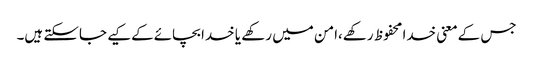
جس کےمعنی خدا محفوظ رکھے،امن میں رکھے یا خدا بچائےکےکیے جاسکتے ہیں۔